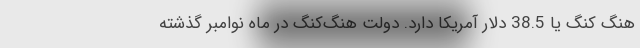
هنگ کنگ یا 38.5 دلار آمریکا دارد. دولت هنگ‌کنگ در ماه نوامبر گذشته